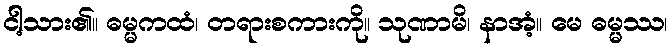
ငါ့သား၏။ ဓမ္မကထံ၊ တရားစကားကို။ သုဏာမိ၊ နာအံ့။ မေ ဓမ္မဿ၊